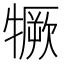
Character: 𤛦